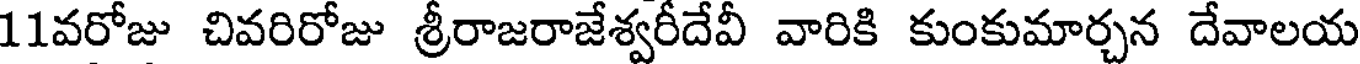
11వరోజు చివరిరోజు శ్రీరాజరాజేశ్వరీదేవీ వారికి కుంకుమార్చన దేవాలయ